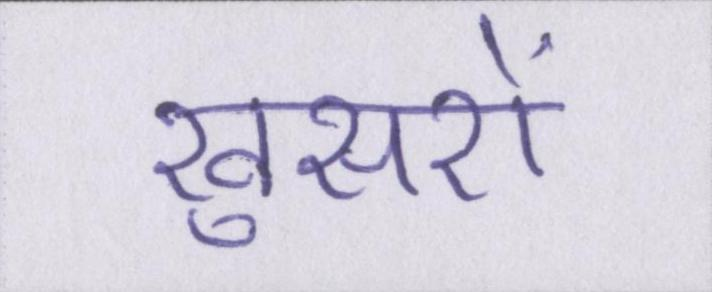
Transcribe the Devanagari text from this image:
खुसरों